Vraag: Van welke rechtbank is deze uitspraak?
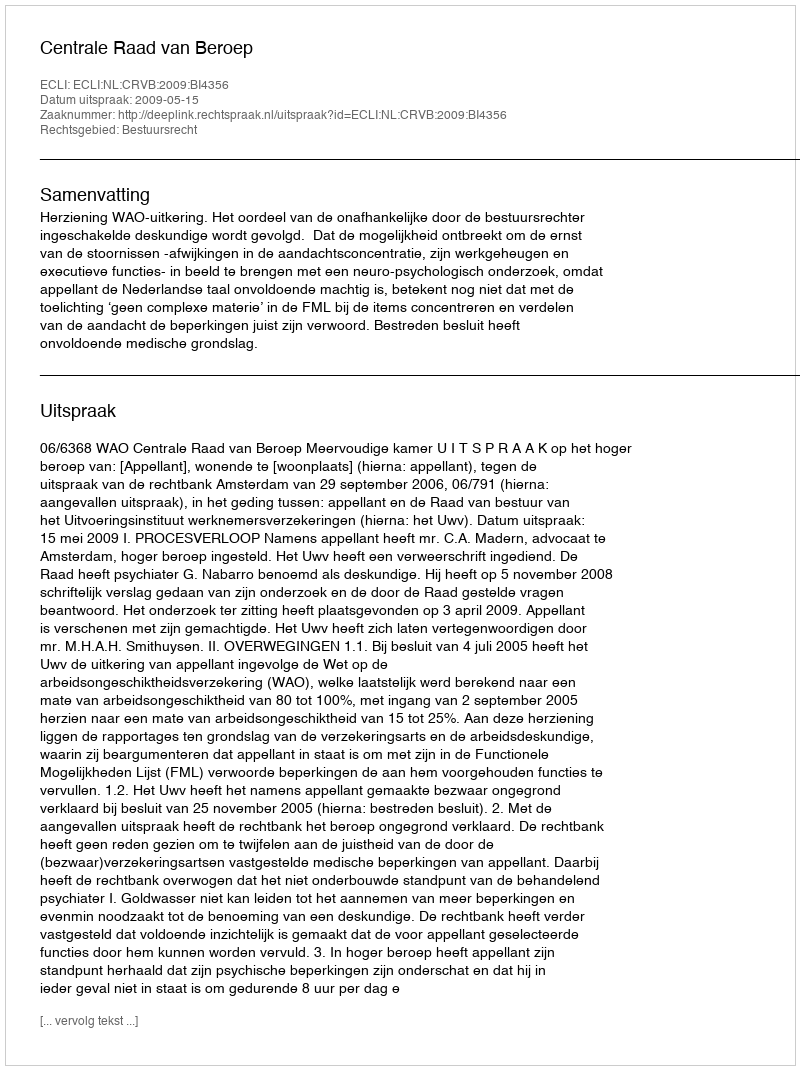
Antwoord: Centrale Raad van Beroep